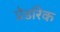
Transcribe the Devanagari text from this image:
प्रेडरिक